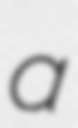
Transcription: a